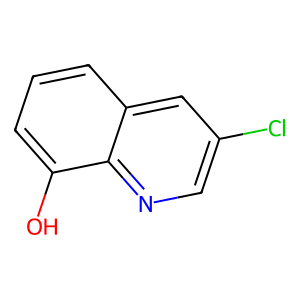
SMILES: Oc1cccc2cc(Cl)cnc12
Inhibits HIV replication: No